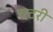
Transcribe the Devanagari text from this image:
चटरी